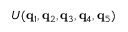
U ( \mathbf { q } _ { 1 } , \mathbf { q } _ { 2 } , \mathbf { q } _ { 3 } , \mathbf { q } _ { 4 } , \mathbf { q } _ { 5 } )